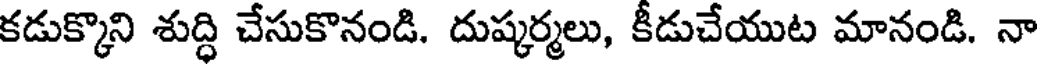
కడుక్కొని శుద్ధి చేసుకొనండి. దుష్కర్మలు, కీడుచేయుట మానండి. నా